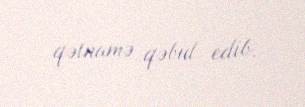
qətnamə qəbul edib.